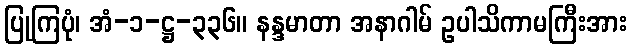
ပြုကြပုံ၊ အံ-၁-ဋ္ဌ-၃၃၆။ နန္ဒမာတာ အနာဂါမ် ဥပါသိကာမကြီးအား